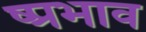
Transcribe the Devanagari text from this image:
ष्प्रभाव